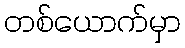
တစ်ယောက်မှာ